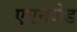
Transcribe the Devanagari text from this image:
एएनजेड